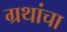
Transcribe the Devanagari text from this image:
ग्रथांचा